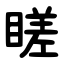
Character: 䁟